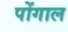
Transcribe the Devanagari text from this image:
पोंगाल